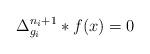
LaTeX: \begin{align*}\Delta_{g_i}^{n_i+1}*f(x)=0\,\end{align*}